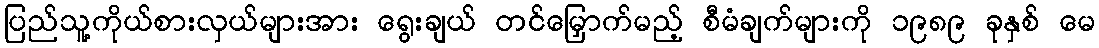
ပြည်သူ့ကိုယ်စားလှယ်များအား ရွေးချယ် တင်မြှောက်မည့် စီမံချက်များကို ၁၉၈၉ ခုနှစ် မေ